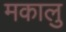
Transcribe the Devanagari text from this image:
मकालु